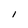
Character: l